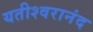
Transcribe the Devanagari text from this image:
यतीश्वरानंद